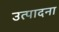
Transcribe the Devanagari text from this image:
उत्पादना